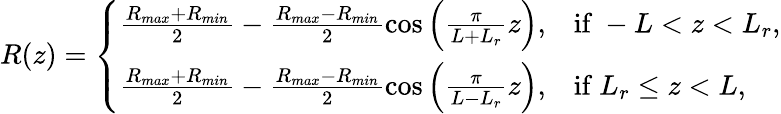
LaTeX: R(z)=\left\{ \begin{array}{ll}{\frac{R_{max}+R_{min}}{2}-\frac{R_{max}-R_{min}}{2}\cos\left(\frac{\pi}{L+L_{r}}z\right),}&{\mathrm{if}\ -L<z<L_{r},}\\ {\frac{R_{max}+R_{min}}{2}-\frac{R_{max}-R_{min}}{2}\cos\left(\frac{\pi}{L-L_{r}}z\right),}&{\mathrm{if}\ L_{r}\leq z<L,}\end{array}\right.